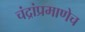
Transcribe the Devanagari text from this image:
चंद्रांप्रमाणेच